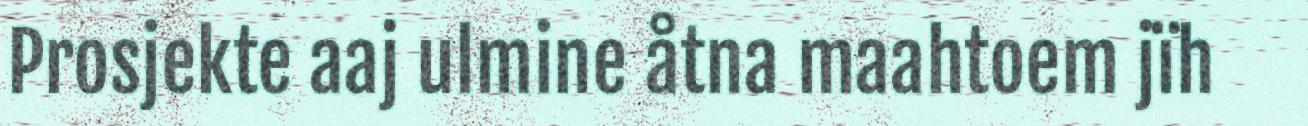
Prosjekte aaj ulmine åtna maahtoem jïh